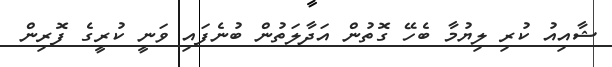
ޝާއިއު ކުރި ލިޔުމާ ބެހޭ ގޮތުން އަދާލަތުން ބުނެފައި ވަނީ ކުރީގެ ފޮރިން